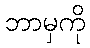
ဘာမှကို